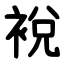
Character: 裞